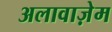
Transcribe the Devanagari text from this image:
अलावाज़ेम